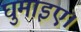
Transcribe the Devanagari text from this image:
घुमाइए।